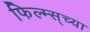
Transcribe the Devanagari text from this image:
फिल्म्स्‌च्या